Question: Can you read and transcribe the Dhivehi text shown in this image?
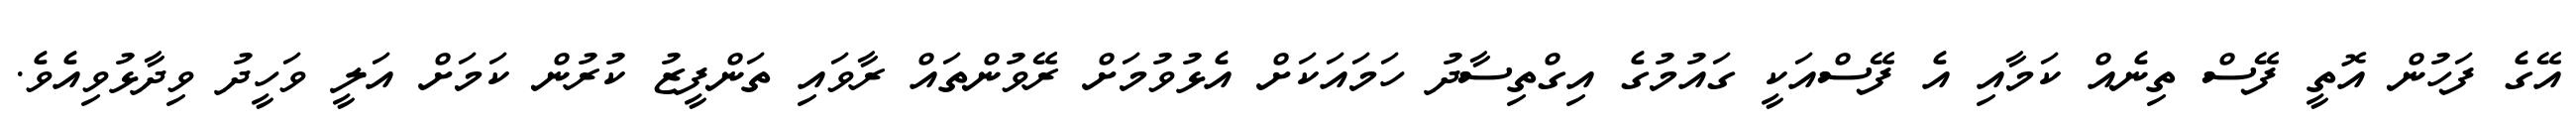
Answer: އޭގެ ފަހުން އޮތީ ފޭސް ތިނެއް ކަމާއި އެ ފޭސްއަކީ ގައުމުގެ އިގްތިސާދު ހަމައަކަށް އެޅުވުމަށް ރޭވުންތައް ރާވައި ތަންފީޒު ކުރުން ކަމަށް އަލީ ވަހީދު ވިދާޅުވިއެވެ.